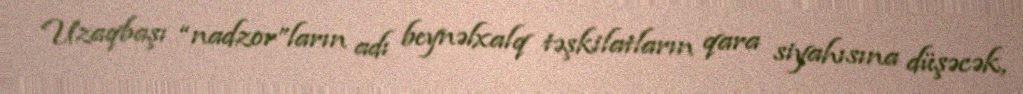
Uzaqbaşı “nadzor”ların adı beynəlxalq təşkilatların qara siyahısına düşəcək,